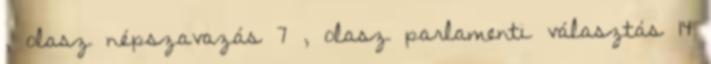
, olasz népszavazás 7 , olasz parlamenti választás 14